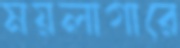
ময়লাগারে